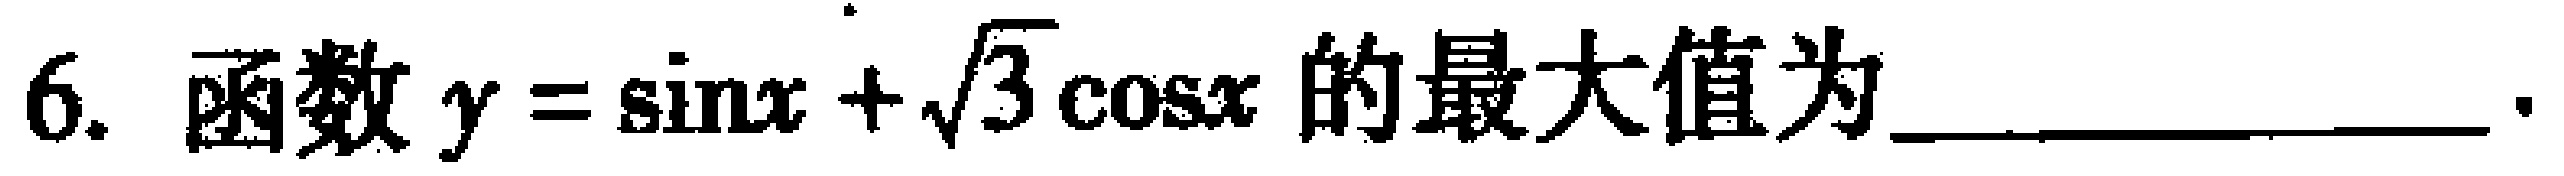
6. 函数\(y = \sin x+\sqrt{3}\cos x\)的最大值为_________________.